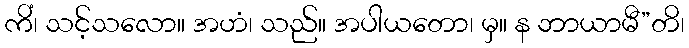
ကိံ၊ သင့်သလော။ အဟံ၊ သည်။ အပါယတော၊ မှ။ န ဘာယာမီ”တိ၊